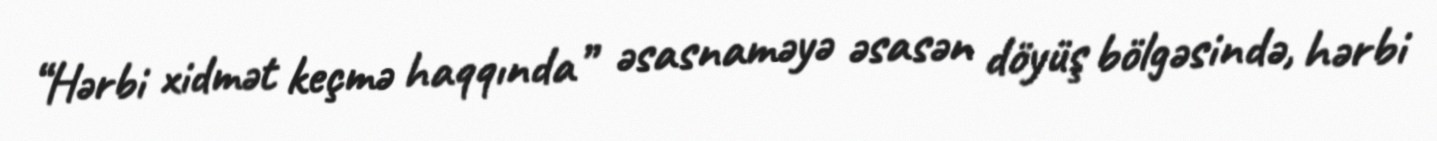
“Hərbi xidmət keçmə haqqında” əsasnaməyə əsasən döyüş bölgəsində, hərbi